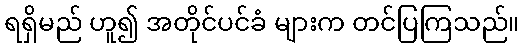
ရရှိမည် ဟူ၍ အတိုင်ပင်ခံ များက တင်ပြကြသည်။